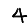
Digit: 4